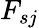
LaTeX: F_{sj}